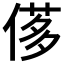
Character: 𠌅